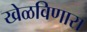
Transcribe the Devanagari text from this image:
खेळविणारा